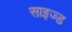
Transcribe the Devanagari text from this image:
साइज्ड